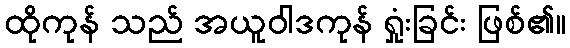
ထိုကုန် သည် အယူဝါဒကုန် ရှုံးခြင်း ဖြစ်၏။